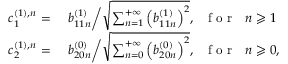
\begin{array} { r l } { c _ { 1 } ^ { ( 1 ) , n } = } & { { } \ b _ { 1 1 n } ^ { ( 1 ) } \bigg / \sqrt { \sum _ { n = 1 } ^ { + \infty } \left( b _ { 1 1 n } ^ { ( 1 ) } \right) ^ { 2 } } , \mathrm { ~ ~ ~ f ~ o ~ r ~ ~ ~ } n \geqslant 1 } \\ { c _ { 2 } ^ { ( 1 ) , n } = } & { { } \ b _ { 2 0 n } ^ { ( 0 ) } \bigg / \sqrt { \sum _ { n = 0 } ^ { + \infty } \left( b _ { 2 0 n } ^ { ( 0 ) } \right) ^ { 2 } } , \mathrm { ~ ~ ~ f ~ o ~ r ~ ~ ~ } n \geqslant 0 , } \end{array}